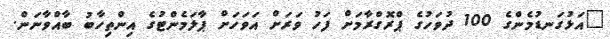
"އަޅުގަނޑުމެންގެ 100 ދުވަހުގެ ޕްރޮގްރާމަށް ފަހު ވަރަށް އަވަހަށް ޕާލަމެންޓުގެ އިންތިހާބު ބާއްވާނަން.